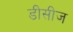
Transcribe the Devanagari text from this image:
डीसीज